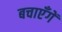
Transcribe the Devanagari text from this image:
बचाएँगें